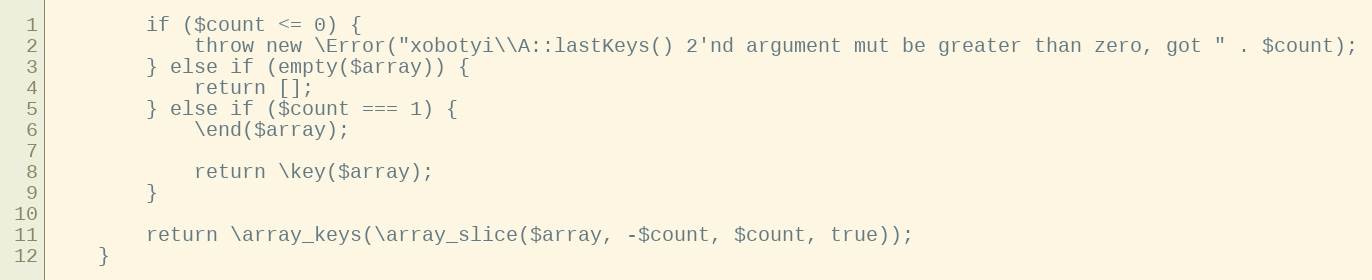
Language: PHP
        if ($count <= 0) {
            throw new \Error("xobotyi\\A::lastKeys() 2'nd argument mut be greater than zero, got " . $count);
        } else if (empty($array)) {
            return [];
        } else if ($count === 1) {
            \end($array);

            return \key($array);
        }

        return \array_keys(\array_slice($array, -$count, $count, true));
    }